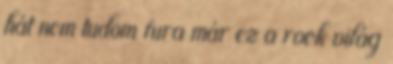
hát nem tudom fura már ez a rock világ